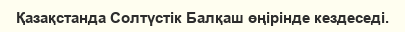
Қазақстанда Солтүстік Балқаш өңірінде кездеседі.